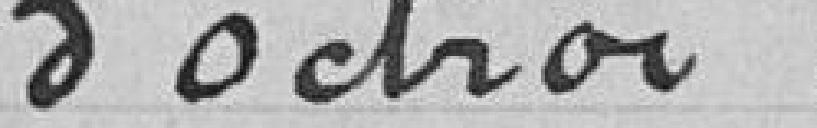
d'octroi.